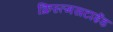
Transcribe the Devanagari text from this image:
क्रिस्त्मसटाईड